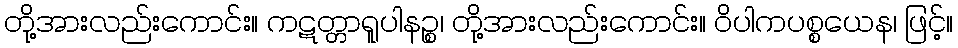
တို့အားလည်းကောင်း။ ကဋတ္တာရူပါနဉ္စ၊ တို့အားလည်းကောင်း။ ဝိပါကပစ္စယေန၊ ဖြင့်။